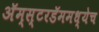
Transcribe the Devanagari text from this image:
अॅम्स्टरडॅममध्येच